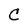
Character: C